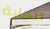
لنهاية